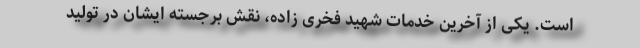
است. یکی از آخرین خدمات شهید فخری زاده، نقش برجسته ایشان در تولید